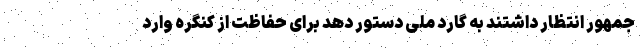
جمهور انتظار داشتند به گارد ملی دستور دهد برای حفاظت از کنگره وارد